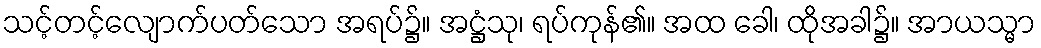
သင့်တင့်လျောက်ပတ်သော အရပ်၌။ အဋ္ဌံသု၊ ရပ်ကုန်၏။ အထ ခေါ၊ ထိုအခါ၌။ အာယသ္မာ